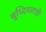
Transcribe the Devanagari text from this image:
बुध्दिमत्ताही